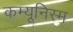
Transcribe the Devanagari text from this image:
कम्यूनिस्म